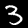
Label: 3